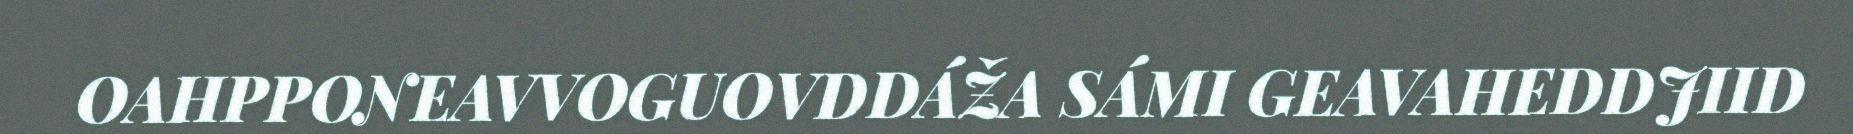
OAHPPONEAVVOGUOVDDÁŽA SÁMI GEAVAHEDDJIID